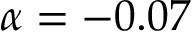
\alpha = - 0 . 0 7